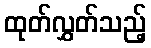
ထုတ်လွှတ်သည့်